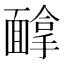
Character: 𱁰